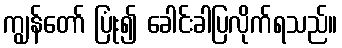
ကျွန်တော် ပြုံး၍ ခေါင်းခါပြလိုက်ရသည်။